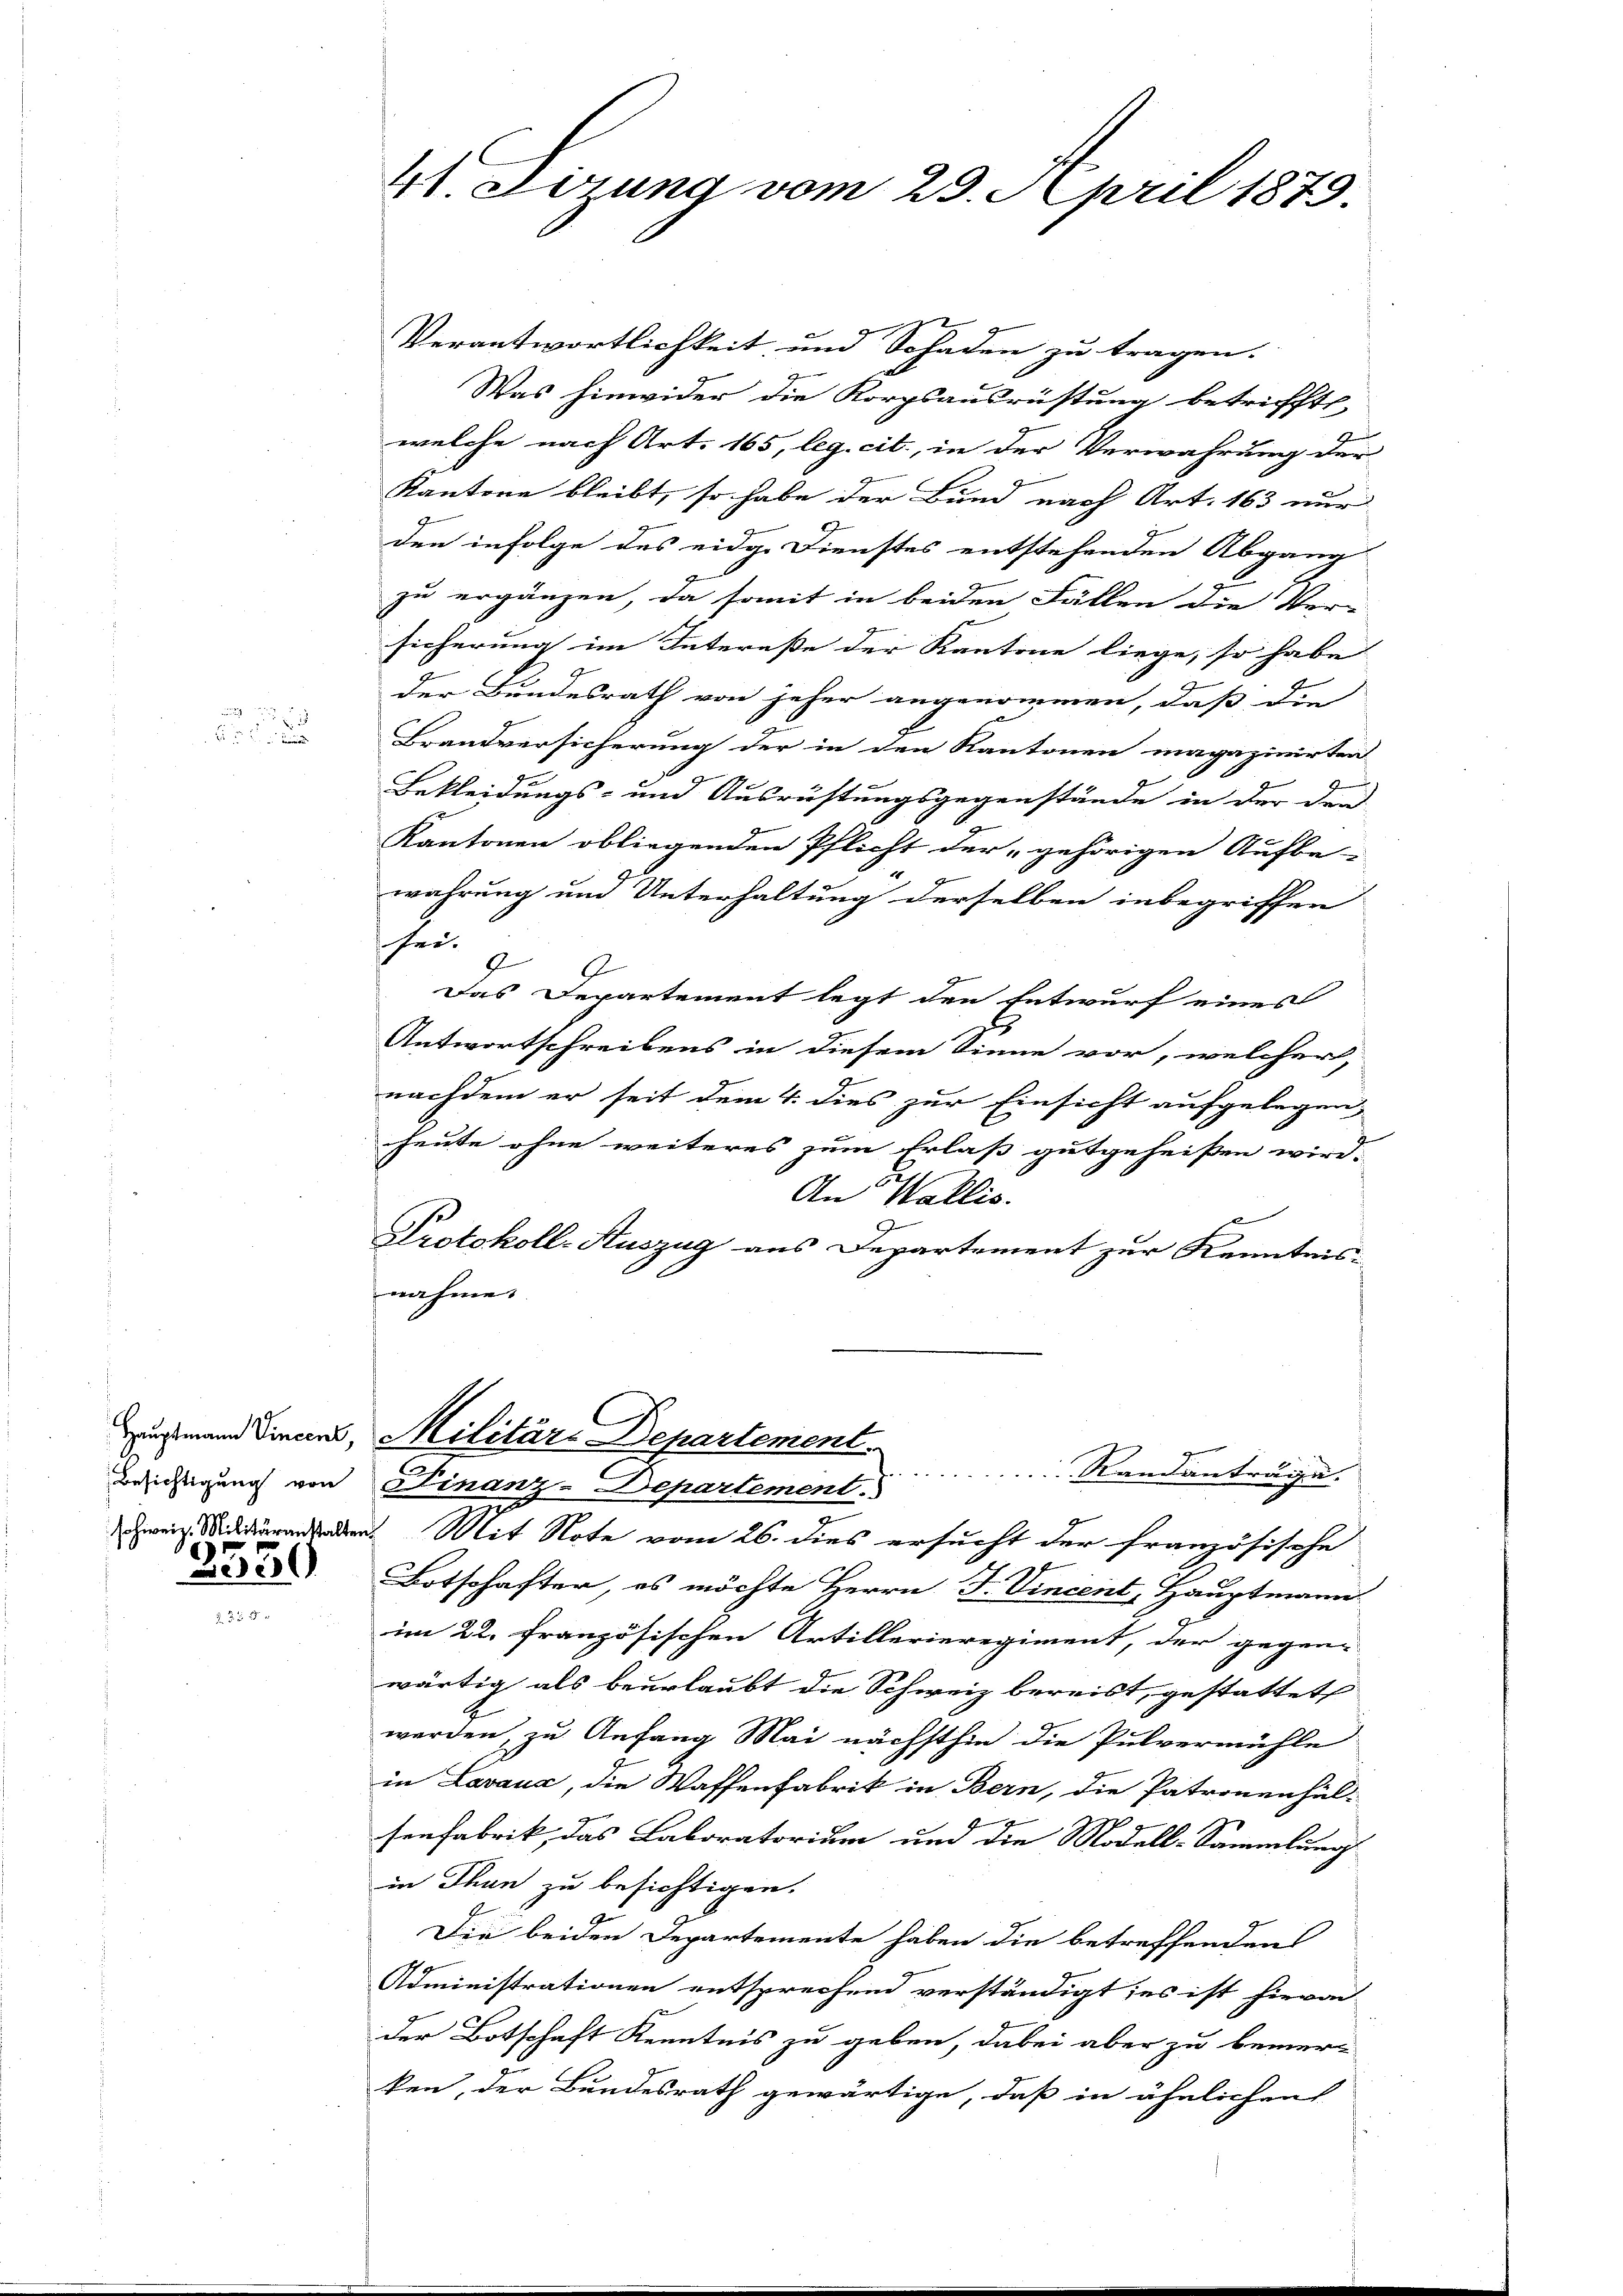
.

3539

Verantwortlichkeit und Schaden zu tragen.
Was hinwider die Korpsausrüstung betrifft,
welche nach Art. 165, leg. cit., in der Verwahrung der
Kantone bleibt, so habe der Bund nach Art. 163 nur
den infolge des eidg. Dienstes entstehenden Abgang
zu ergänzen, da somit in beiden Fällen die Versicherung im Interesse der Kantone liege, so habe
der Bundesrath von jeher angenommen, daß die
Brandversicherung der in den Kantonen magazinirten
Bekleidungs- und Ausrüstungsgegenstände in der den
Kantonen obliegenden Pflicht der gehörigen Aufbe-
wahrung und Unterhaltung derselben inbegriffen
her.
g
Das Departement legt den Entwurf eines
Antwortschreibens in diesem Sinne vor, welcher,
nachdem er seit dem 4. dies zur Einsicht aufgelegen,
heute ohne weiteres zum Erlaß gutgeheißen wird.
An Wallis.
Protokoll-Auszug aus Departement zur Kenntnis
nahme.

41. Sizung vom 29. April 1879.

Zugmann Siners, Militäre Departement.
Randanträge.
Besichtigung von Finanz-Departement

hweiz. Widderenaden. Mit Note vom 26. dies ersucht der französische
1
Botschafter, es möchte Herrn J. Vincent, Hauptmann
im 22. Französischen Artillerieregiment, der gegen-
wärtig als beurlaubt die Schweiz bereist, gestattet
werden, zu Anfang Mai nächsthin die Pulvermühle
in Lavaux, die Waffenfabrik in Bern, die Patronenhäl-
senfabrik, das Laboratorium und die Modell-Sammlung
in Thun zu besichtigen.
9
Die beiden Departemente haben die betreffenden
Administrationen entsprechend verständigt; es ist hievon
der Botschaft Kenntnis zu geben, dabei aber zu bemerken, der Bundesrath gewärtige, daß in ähnlichen